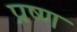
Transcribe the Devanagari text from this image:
प्रष्ण